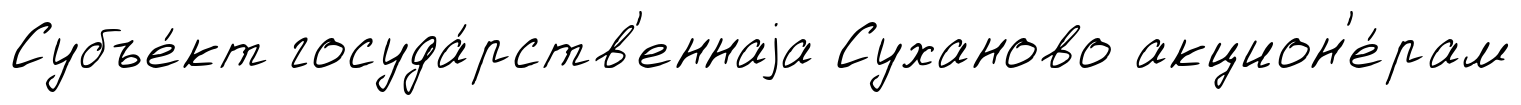
Субъе́кт госуда́рств'еннаjа Суханово акцион'е́рам